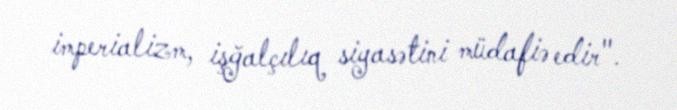
imperializm, işğalçılıq siyasətini müdafiə edir".